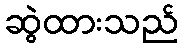
ဆွဲထားသည်